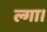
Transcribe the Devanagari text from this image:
ल्गा।